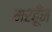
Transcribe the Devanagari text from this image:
मरहूँम